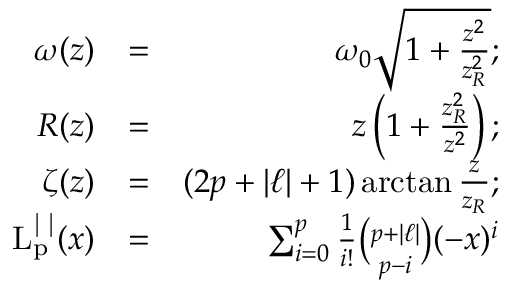
\begin{array} { r l r } { \omega ( z ) } & { = } & { \omega _ { 0 } \sqrt { 1 + \frac { z ^ { 2 } } { z _ { R } ^ { 2 } } } ; } \\ { R ( z ) } & { = } & { z \left( 1 + \frac { z _ { R } ^ { 2 } } { z ^ { 2 } } \right) ; } \\ { \zeta ( z ) } & { = } & { ( 2 p + \vert \ell \vert + 1 ) \arctan \frac { z } { z _ { R } } ; } \\ { \mathrm { L _ { p } ^ { \vert \ell \vert } } ( x ) } & { = } & { \sum _ { i = 0 } ^ { p } \frac { 1 } { i ! } \binom { p + \vert \ell \vert } { p - i } ( - x ) ^ { i } } \end{array}